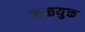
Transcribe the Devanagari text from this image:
जळयुक्त